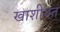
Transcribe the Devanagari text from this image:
खाशीयत